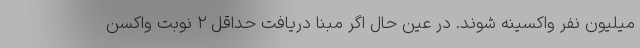
میلیون نفر واکسینه شوند. در عین حال اگر مبنا دریافت حداقل ۲ نوبت واکسن